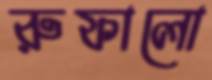
রুফালো